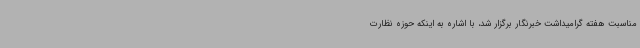
مناسبت هفته گرامیداشت خبرنگار برگزار شد، با اشاره به اینکه حوزه نظارت